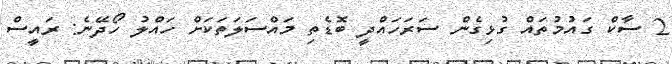
2 ސާކް ގައުމުތައް ގުޅިގެން ސަރަހައްދީ ބޮޑެތި މައްސަލަތަކަށް ހައްލު ހޯދޭނެ: ރައީސް